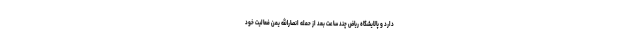
دارد و پالایشگاه ریاض چند ساعت بعد از حمله انصارالله یمن فعالیت خود